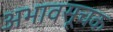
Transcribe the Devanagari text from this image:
अभावसूचक